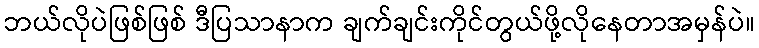
ဘယ်လိုပဲဖြစ်ဖြစ် ဒီပြသာနာက ချက်ချင်းကိုင်တွယ်ဖို့လိုနေတာအမှန်ပဲ။